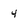
Character: 4